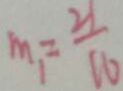
m _ { 1 } = \frac { 2 1 } { 1 6 }